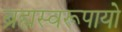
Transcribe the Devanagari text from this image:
ब्रह्मस्वरूपायो